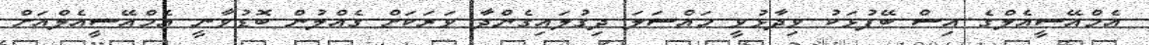
އެމްއޭސީއެލްގެ އިސް ބޭފުޅަކު ވިދާޅުވީ މައްސަލަ ދިގުލައިގެންދާ ވަރަކަށް ގެއްލުން ބޮޑުވާނީ އެމްއޭސީއެލްއަށް